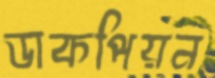
ডাকপিয়ন